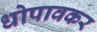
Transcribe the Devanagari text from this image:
धोपावकर